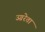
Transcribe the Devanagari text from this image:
उग्ररेता